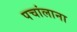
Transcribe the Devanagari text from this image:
पचांलाना